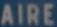
AIRE